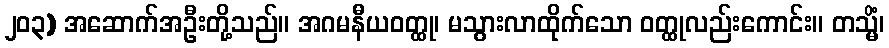
၂၀၃) အဆောက်အဦးတို့သည်။ အဂမနီယဝတ္ထု၊ မသွားလာထိုက်သော ဝတ္ထုလည်းကောင်း။ တသ္မိံ၊